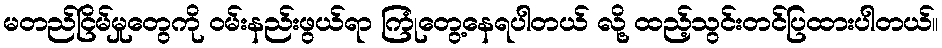
မတည်ငြိမ်မှုတွေကို ဝမ်းနည်းဖွယ်ရာ ကြုံတွေ့နေရပါတယ် လို့ ထည့်သွင်းတင်ပြထားပါတယ်။